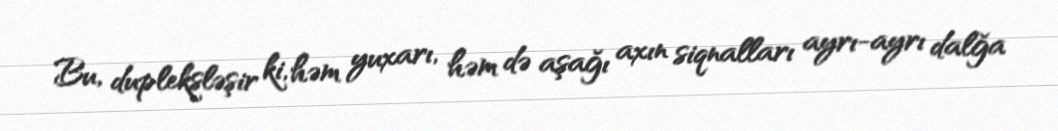
Bu, dupleksləşir ki, həm yuxarı, həm də aşağı axın siqnalları ayrı-ayrı dalğa